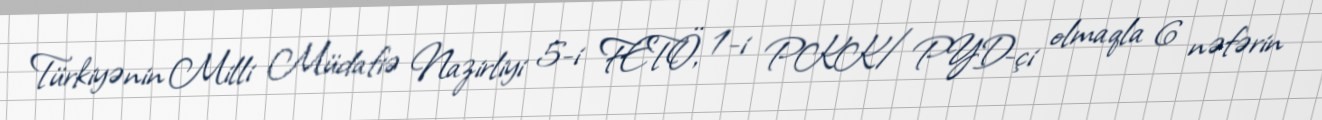
Türkiyənin Milli Müdafiə Nazirliyi 5-i FETÖ, 1-i PKK/PYD-çi olmaqla 6 nəfərin